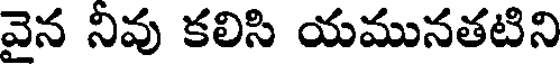
వెన నివు కలిసి యమునతటిని